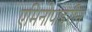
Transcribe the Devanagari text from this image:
एमिनोपाइरीन